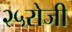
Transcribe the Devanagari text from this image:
२५रोजी